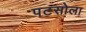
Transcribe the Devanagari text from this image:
पटसोला